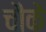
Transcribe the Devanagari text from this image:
चौकें